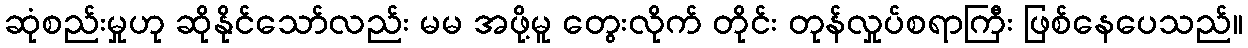
ဆုံစည်းမှုဟု ဆိုနိုင်သော်လည်း မမ အဖို့မူ တွေးလိုက် တိုင်း တုန်လှုပ်စရာကြီး ဖြစ်နေပေသည်။